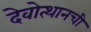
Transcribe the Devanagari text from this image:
देवोत्थानची